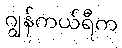
ဂျွန်ကယ်ရီက